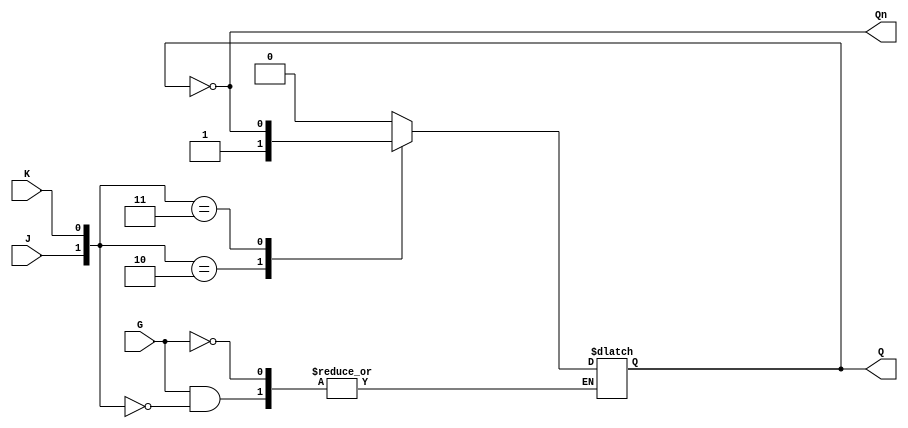
module GatedJKLatch (
    input wire J,      // Data Input J
    input wire K,      // Data Input K
    input wire G,      // Enable Input
    output reg Q,      // Output Q
    output wire Qn     // Complementary Output Q'
);

    // Complementary output
    assign Qn = ~Q;

    always @(*) begin
        if (G) begin
            case ({J, K})
                2'b00: Q <= Q;          // No change
                2'b01: Q <= 0;          // Reset
                2'b10: Q <= 1;          // Set
                2'b11: Q <= ~Q;         // Toggle
            endcase
        end
        // If G is low, Q retains its previous state
    end

endmodule